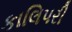
કાલિપરી